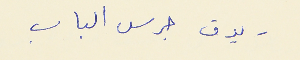
- يدق جرس الباب